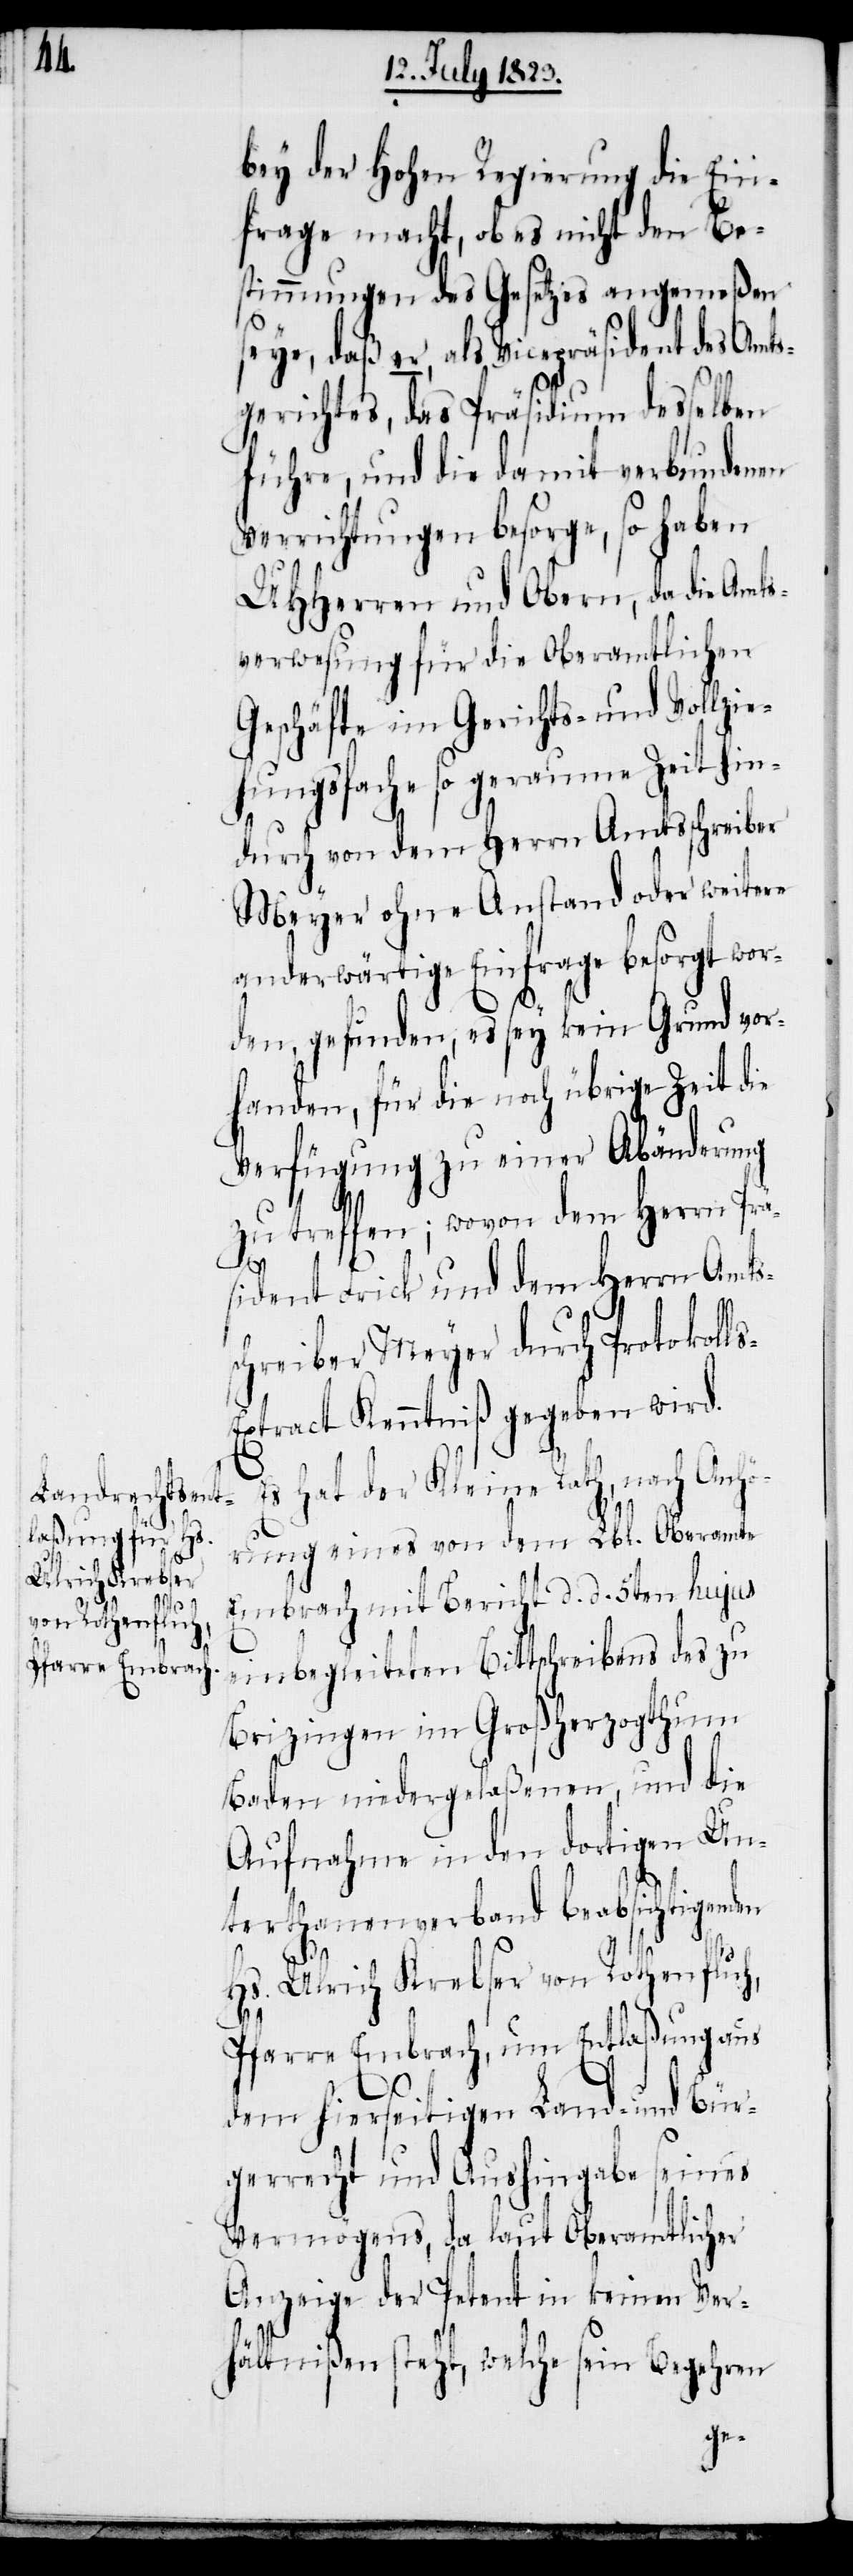
Verrichtungen
so

bey der Hohen Regierung die Ein¬
frage macht, ob es nicht den Be¬
stimmungen des Gesetzes angemeßen
seye, daß er, als Vicepräsident des Amts¬
gerichtes, das Präsidium desselben
führe, und die damit verbundenen
UHHerren und Obern, da die Amts¬
verwesung für die Oberamtlichen
Geschäfte im Gerichts- und Vollzie¬
hungsfache so geraume Zeit hin¬
durch von dem Herrn Amtsschreiber
Meyer ohne Anstand oder weitere
anderwärtige Einfrage besorgt wor¬
den, gefunden, es sey kein Grund vor¬
handen, für die noch übrige Zeit die
Verfügung zu einer Abänderung
zu treffen; wovon dem Herrn Prä¬
sident Frick und dem Herrn Amts¬
schreiber Meyer durch Protokoll¬
xtract Kenntniß gegeben wird.
Es hat der Kleine Rath, nach Anhö¬
rung eines von dem Lbl. Oberamte
Embrach mit Bericht d. d. 5ten hujus
einbegleiteten Bittschreibens des zu
Brizingen im Großherzogthum
Baden niedergelaßenen, und die
Aufnahme in den dortigen Un¬
terthanenverband beabsichtigenden
s-E¬
Hs. Ulrich Krebser von Rothenfluh,
Pfarre Embrach, um Entlaßung aus
dem hierseitigen Land- und Bür¬
gerrecht und Aushingabe seines
Vermögens, da laut Oberamtlicher
Anzeige der Petent in keinen Ver¬
hältnißen steht, welche sein Begehren